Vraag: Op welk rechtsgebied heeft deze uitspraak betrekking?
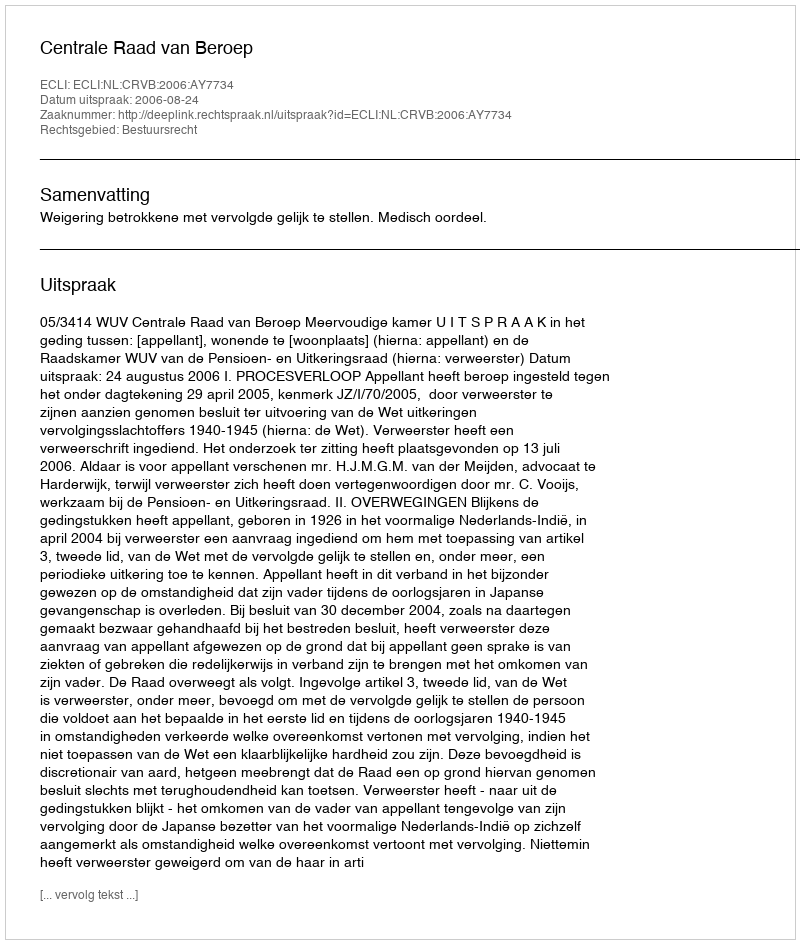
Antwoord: Bestuursrecht